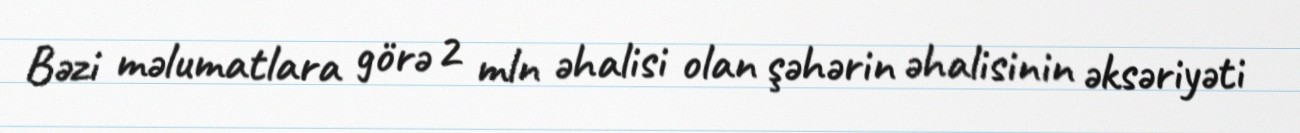
Bəzi məlumatlara görə 2 mln əhalisi olan şəhərin əhalisinin əksəriyəti